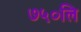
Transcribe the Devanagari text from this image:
७५०लि